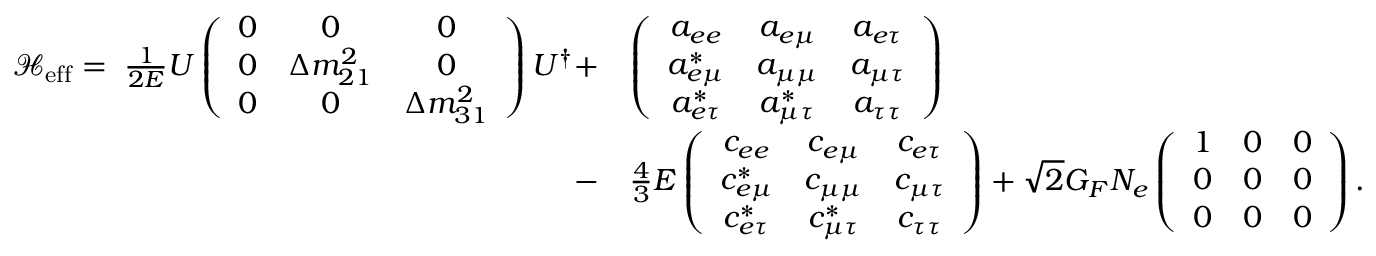
\begin{array} { r l } { \mathcal { H } _ { \mathrm { e f f } } = \; \frac { 1 } { 2 E } U \left( \begin{array} { c c c } { 0 } & { 0 } & { 0 } \\ { 0 } & { \Delta m _ { 2 1 } ^ { 2 } } & { 0 } \\ { 0 } & { 0 } & { \Delta m _ { 3 1 } ^ { 2 } } \end{array} \right) U ^ { \dagger } + } & { \left( \begin{array} { c c c } { a _ { e e } } & { a _ { e \mu } } & { a _ { e \tau } } \\ { a _ { e \mu } ^ { * } } & { a _ { \mu \mu } } & { a _ { \mu \tau } } \\ { a _ { e \tau } ^ { * } } & { a _ { \mu \tau } ^ { * } } & { a _ { \tau \tau } } \end{array} \right) } \\ { - } & { \frac { 4 } { 3 } E \left( \begin{array} { c c c } { c _ { e e } } & { c _ { e \mu } } & { c _ { e \tau } } \\ { c _ { e \mu } ^ { * } } & { c _ { \mu \mu } } & { c _ { \mu \tau } } \\ { c _ { e \tau } ^ { * } } & { c _ { \mu \tau } ^ { * } } & { c _ { \tau \tau } } \end{array} \right) + \sqrt { 2 } G _ { F } N _ { e } \left( \begin{array} { c c c } { 1 } & { 0 } & { 0 } \\ { 0 } & { 0 } & { 0 } \\ { 0 } & { 0 } & { 0 } \end{array} \right) . } \end{array}